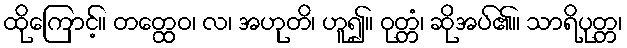
ထိုကြောင့်။ တတ္ထေဝ၊ လ၊ အဟုတိ၊ ဟူ၍။ ဝုတ္တံ၊ ဆိုအပ်၏။ သာရိပုတ္တ၊